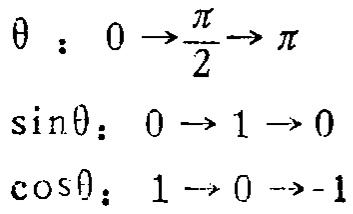
\[\begin{align*}
\theta&:0\rightarrow\frac{\pi}{2}\rightarrow\pi\\
\sin\theta&:0\rightarrow1\rightarrow0\\
\cos\theta&:1\rightarrow0\rightarrow - 1
\end{align*}\]